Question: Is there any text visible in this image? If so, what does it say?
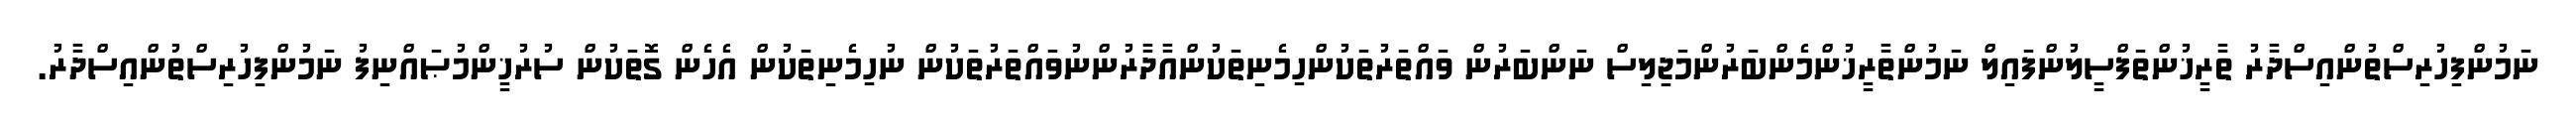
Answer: ނަމުންފިހުރިސްތުންއިސްދާރު ތާރީޚުންތަފްސީލުންފައިލް ނަމުންތާރީޚުންމެންބަރުންމަޖިލިސް ނަންބަރުން ވައްތަރުތަކުންހިމެނިތަކުންއާދާރުންނުވައްތަރުތަކުން ނުހިމެނިތަކުން އެހެން ގޮތަކުން ސުރުޚީންމުޞައްނިފު ނަމުންފިހުރިސްތުންއިސްދާރު.